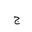
Letter: _gim